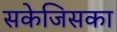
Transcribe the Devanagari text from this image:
सकेजिसका